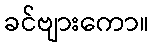
ခင်ဗျားကော။